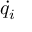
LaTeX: \dot { q _ { i } }